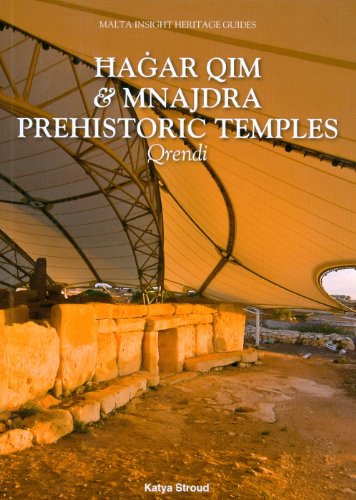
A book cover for Hagar Qim and Mnajdra: Prehistoric Temples, Qrendi; Katya Stroud; Travel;